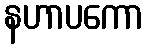
နဟာပကော